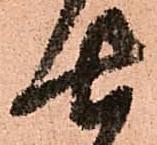
七